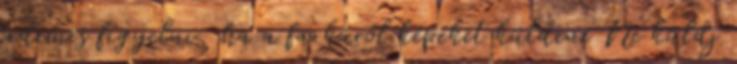
érdemes figyelni, ha a farkáról képeket küldene Ne küldj